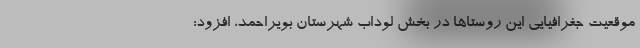
موقعیت جغرافیایی این روستاها در بخش لوداب شهرستان بویراحمد، افزود: